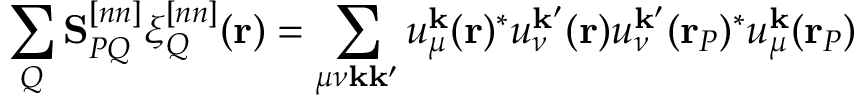
\sum _ { Q } \mathbf S _ { P Q } ^ { [ n n ] } \xi _ { Q } ^ { [ n n ] } ( \mathbf { r } ) = \sum _ { \mu \nu \mathbf { k } \mathbf { k } ^ { \prime } } u _ { \mu } ^ { \mathbf { k } } ( \mathbf { r } ) ^ { * } u _ { \nu } ^ { \mathbf { k } ^ { \prime } } ( \mathbf { r } ) u _ { \nu } ^ { \mathbf { k } ^ { \prime } } ( \mathbf { r } _ { P } ) ^ { * } u _ { \mu } ^ { \mathbf { k } } ( \mathbf { r } _ { P } )